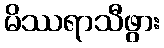
မိဿရာသီဖွား